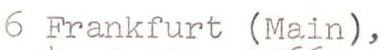
6 Frankfurt (Main),